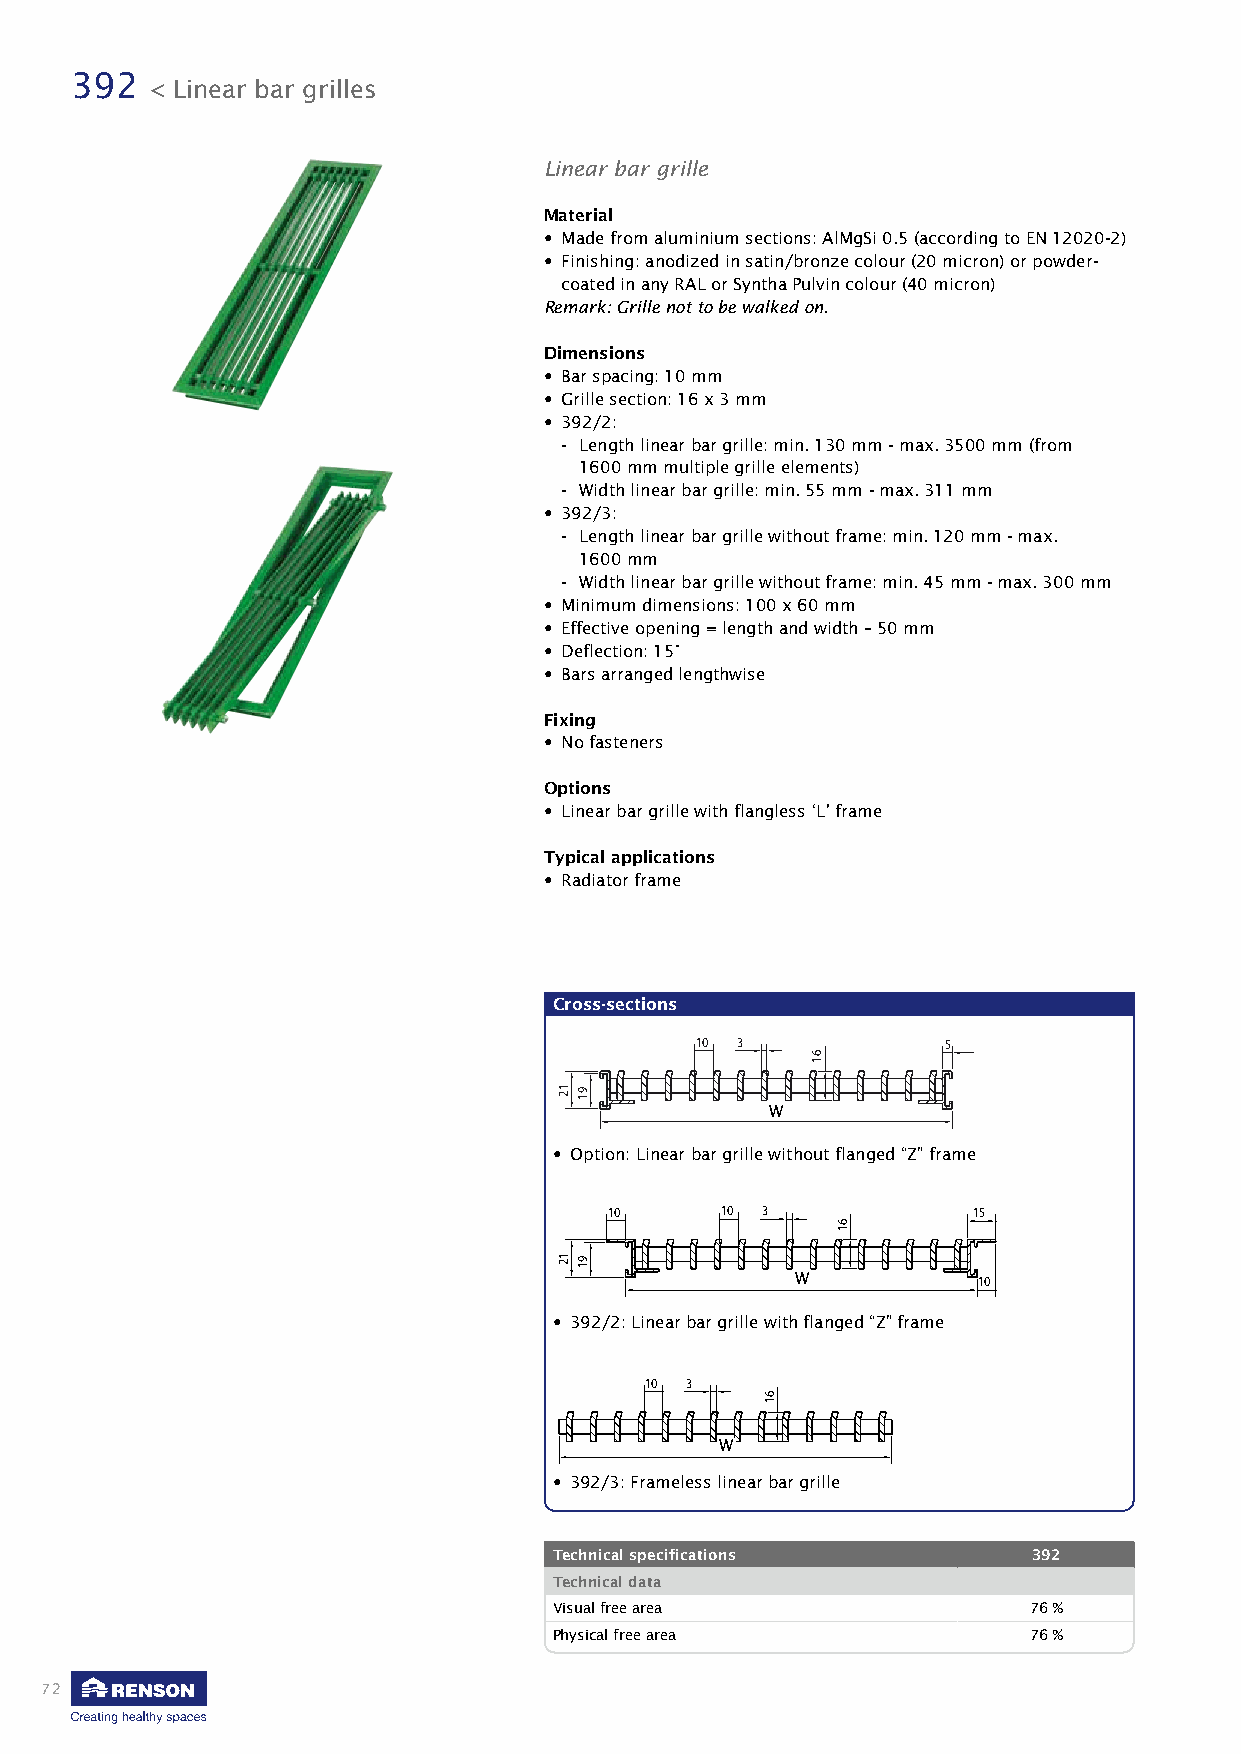
392
 < Linear bar grilles
 Linear bar grille
 Material
 • Made from aluminium sections: AlMgSi 0.5 (according to EN 12020-2)
 • Finishing: anodized in satin/bronze colour (20 micron) or powder-
 coated in any RAL or Syntha Pulvin colour (40 micron)
 Remark: Grille not to be walked on.
 Dimensions
 • Bar spacing: 10 mm
 • Grille section: 16 x 3 mm
 • 392/2:
 - Length linear bar grille: min. 130 mm - max. 3500 mm (from
 1600 mm multiple grille elements)
 - Width linear bar grille: min. 55 mm - max. 311 mm
 • 392/3:
 - Length linear bar grille without frame: min. 120 mm - max.
 1600 mm
 - Width linear bar grille without frame: min. 45 mm - max. 300 mm
 • Minimum dimensions: 100 x 60 mm
 • Effective opening = length and width – 50 mm
 • Deflection: 15°
 • Bars arranged lengthwise
 Fixing
 • No fasteners
 Options
 • Linear bar grille with flangless ‘L’ frame
 Typical applications
 • Radiator frame
 Cross-sections
 10 3            5
 WL
 • Option: Linear bar grille without flanged “Z” frame
 10      10 3            15
 10      10 3            15
 WL          10
 • 392/2: Linear bar grille with flanged “Z” frame
 10 3
 L           10
 10 3
 L
 WL
 • 392/3: Frameless linear bar grille
 Technical specifications       392
 Technical data
 Visual free area               76 %
 Physical free area             76 %
 72
 12 91
 12
 12
 91
 91
 61
 61
 61
 61
 61